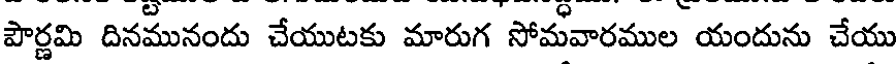
పౌర్ణమి దినమునందు చేయుటకు మారుగ సోమవారముల యందును చేయు